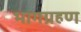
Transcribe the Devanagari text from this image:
भागग्रहण